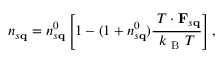
n _ { s \mathbf { q } } = n _ { s \mathbf { q } } ^ { 0 } \left[ 1 - ( 1 + n _ { s \mathbf { q } } ^ { 0 } ) \frac { \mathbf { \nabla } T \cdot \mathbf { F } _ { s \mathbf { q } } } { k _ { \mathrm { ~ B ~ } } T } \right] ,